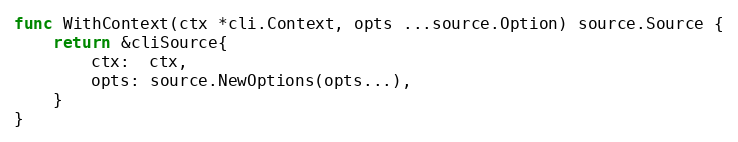
Language: Go
func WithContext(ctx *cli.Context, opts ...source.Option) source.Source {
	return &cliSource{
		ctx:  ctx,
		opts: source.NewOptions(opts...),
	}
}